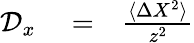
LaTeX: \begin{array}{rlr}{\mathcal{D}_{x}}&{{}=}&{\frac{\langle\Delta X^{2}\rangle}{z^{2}}}\end{array}